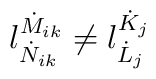
l^{\dot{M}_{ik}}_{\dot{N}_{ik}} \neq l^{\dot{K}_j}_{\dot{L}_j}